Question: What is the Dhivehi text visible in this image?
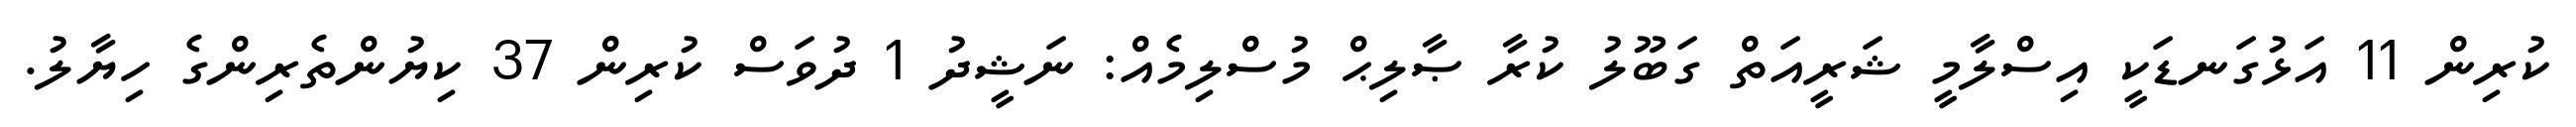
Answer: ކުރިން 11 އަޅުގަނޑަކީ އިސްލާމީ ޝަރީއަތް ގަބޫލު ކުރާ ޞާލިޙް މުސްލިމެއް: ނަޝީދު 1 ދުވަސް ކުރިން 37 ކިޔުންތެރިންގެ ހިޔާލު.